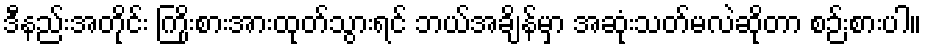
ဒီနည်းအတိုင်း ကြိုးစားအားထုတ်သွားရင် ဘယ်အချိန်မှာ အဆုံးသတ်မလဲဆိုတာ စဉ်းစားပါ။